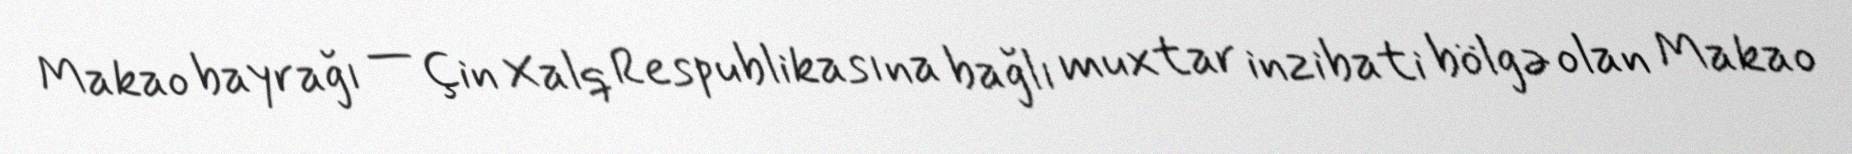
Makao bayrağı — Çin Xalq Respublikasına bağlı muxtar inzibati bölgə olan Makao